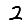
Digit: 2